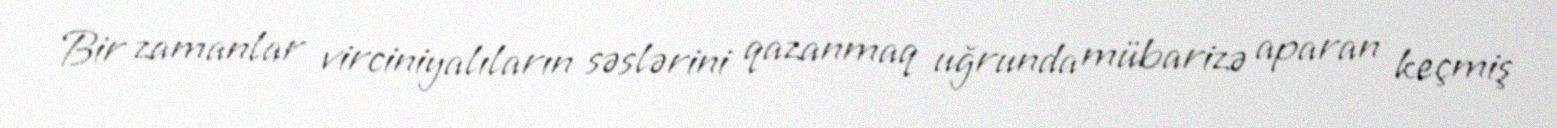
Bir zamanlar virciniyalıların səslərini qazanmaq uğrunda mübarizə aparan keçmiş